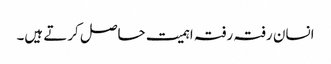
انسان رفتہ رفتہ اہمیت حاصل کرتے ہیں۔